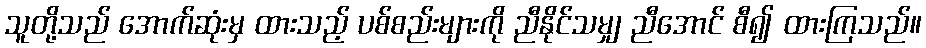
သူတို့သည် အောက်ဆုံးမှ ထားသည့် ပစ်စည်းများကို ညီနိုင်သမျှ ညီအောင် စီ၍ ထားကြသည်။